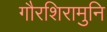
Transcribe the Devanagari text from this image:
गौरशिरामुनि